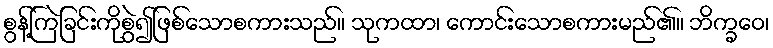
စွန့်ကြဲခြင်းကိုစွဲ၍ဖြစ်သောစကားသည်။ သုကထာ၊ ကောင်းသောစကားမည်၏။ ဘိက္ခဝေ၊